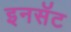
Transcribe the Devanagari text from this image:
इनसॅट